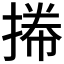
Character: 𢯭